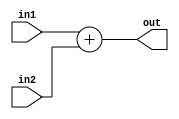
module adder (in1, in2, out);
   input[3:0]in1, in2;
   output[3:0]out;
   
   reg [3:0] out;

   always @ (in1 or in2) begin
	   out <= in1 + in2;
   end

endmodule